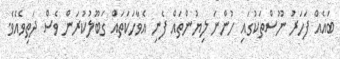
ބައެއް ފަހަރު ނޫސްތަކުގައި ހުންނަ ލިޔުންތައް ފެނި އެވާހަކަތައް ގަބޫލުކުރަން ވެސް ދަތިވެއެވެ.